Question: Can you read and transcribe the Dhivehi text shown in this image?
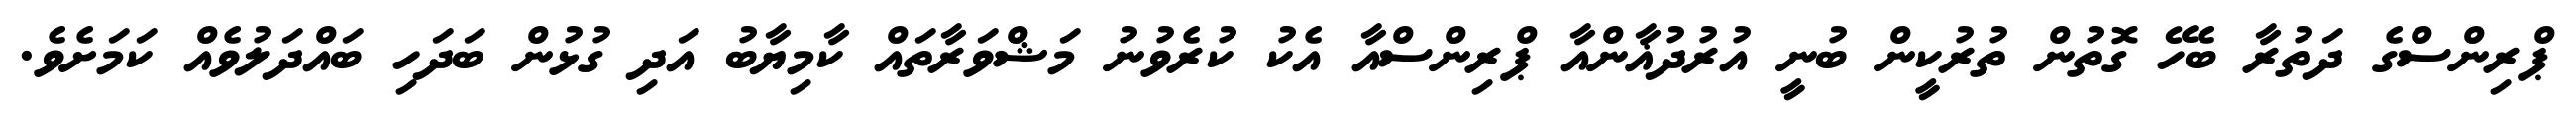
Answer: ޕްރިންސްގެ ދަތުރާ ބެހޭ ގޮތުން ތުރުކީން ބުނީ އުރުދުޣާންއާ ޕްރިންސްއާ އެކު ކުރެވުނު މަޝްވަރާތައް ކާމިޔާބު އަދި ގުޅުން ބަދަހި ބައްދަލުވެއް ކަމަށެވެ.